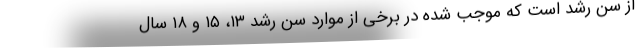
از سن رشد است که موجب شده در برخی از موارد سن رشد ۱۳، ۱۵ و ۱۸ سال